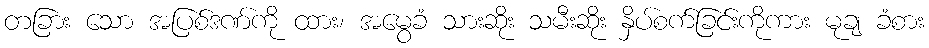
တခြား သော အပြစ်ဒဏ်ကို ထား၊ အမွေခံ သားဆိုး သမီးဆိုး နှိပ်စက်ခြင်းကိုကား မုချ ခံစား